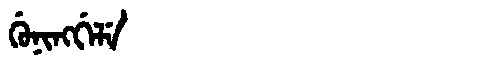
Manchu: ᡤᡠᠨᡳᠩᡤᡝᠯᡝ
Romanization: GUNINGGELE